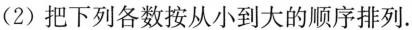
(2)把下列各数按从小到大的顺序排列.